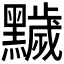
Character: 𪒩